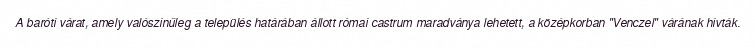
A baróti várat, amely valószínűleg a település határában állott római castrum maradványa lehetett, a középkorban "Venczel" várának hívták.